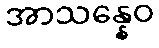
အာသန္နေဝ